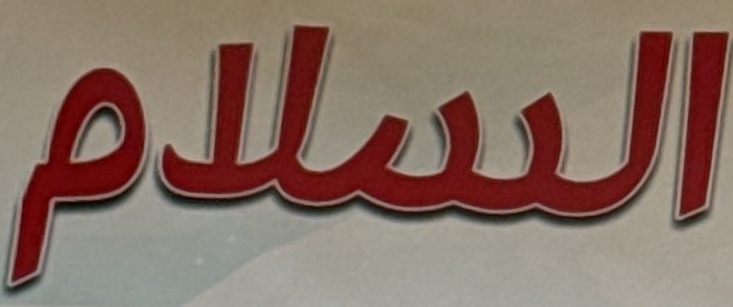
السلام